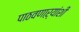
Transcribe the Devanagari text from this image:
पाठवणाऱ्यांशी